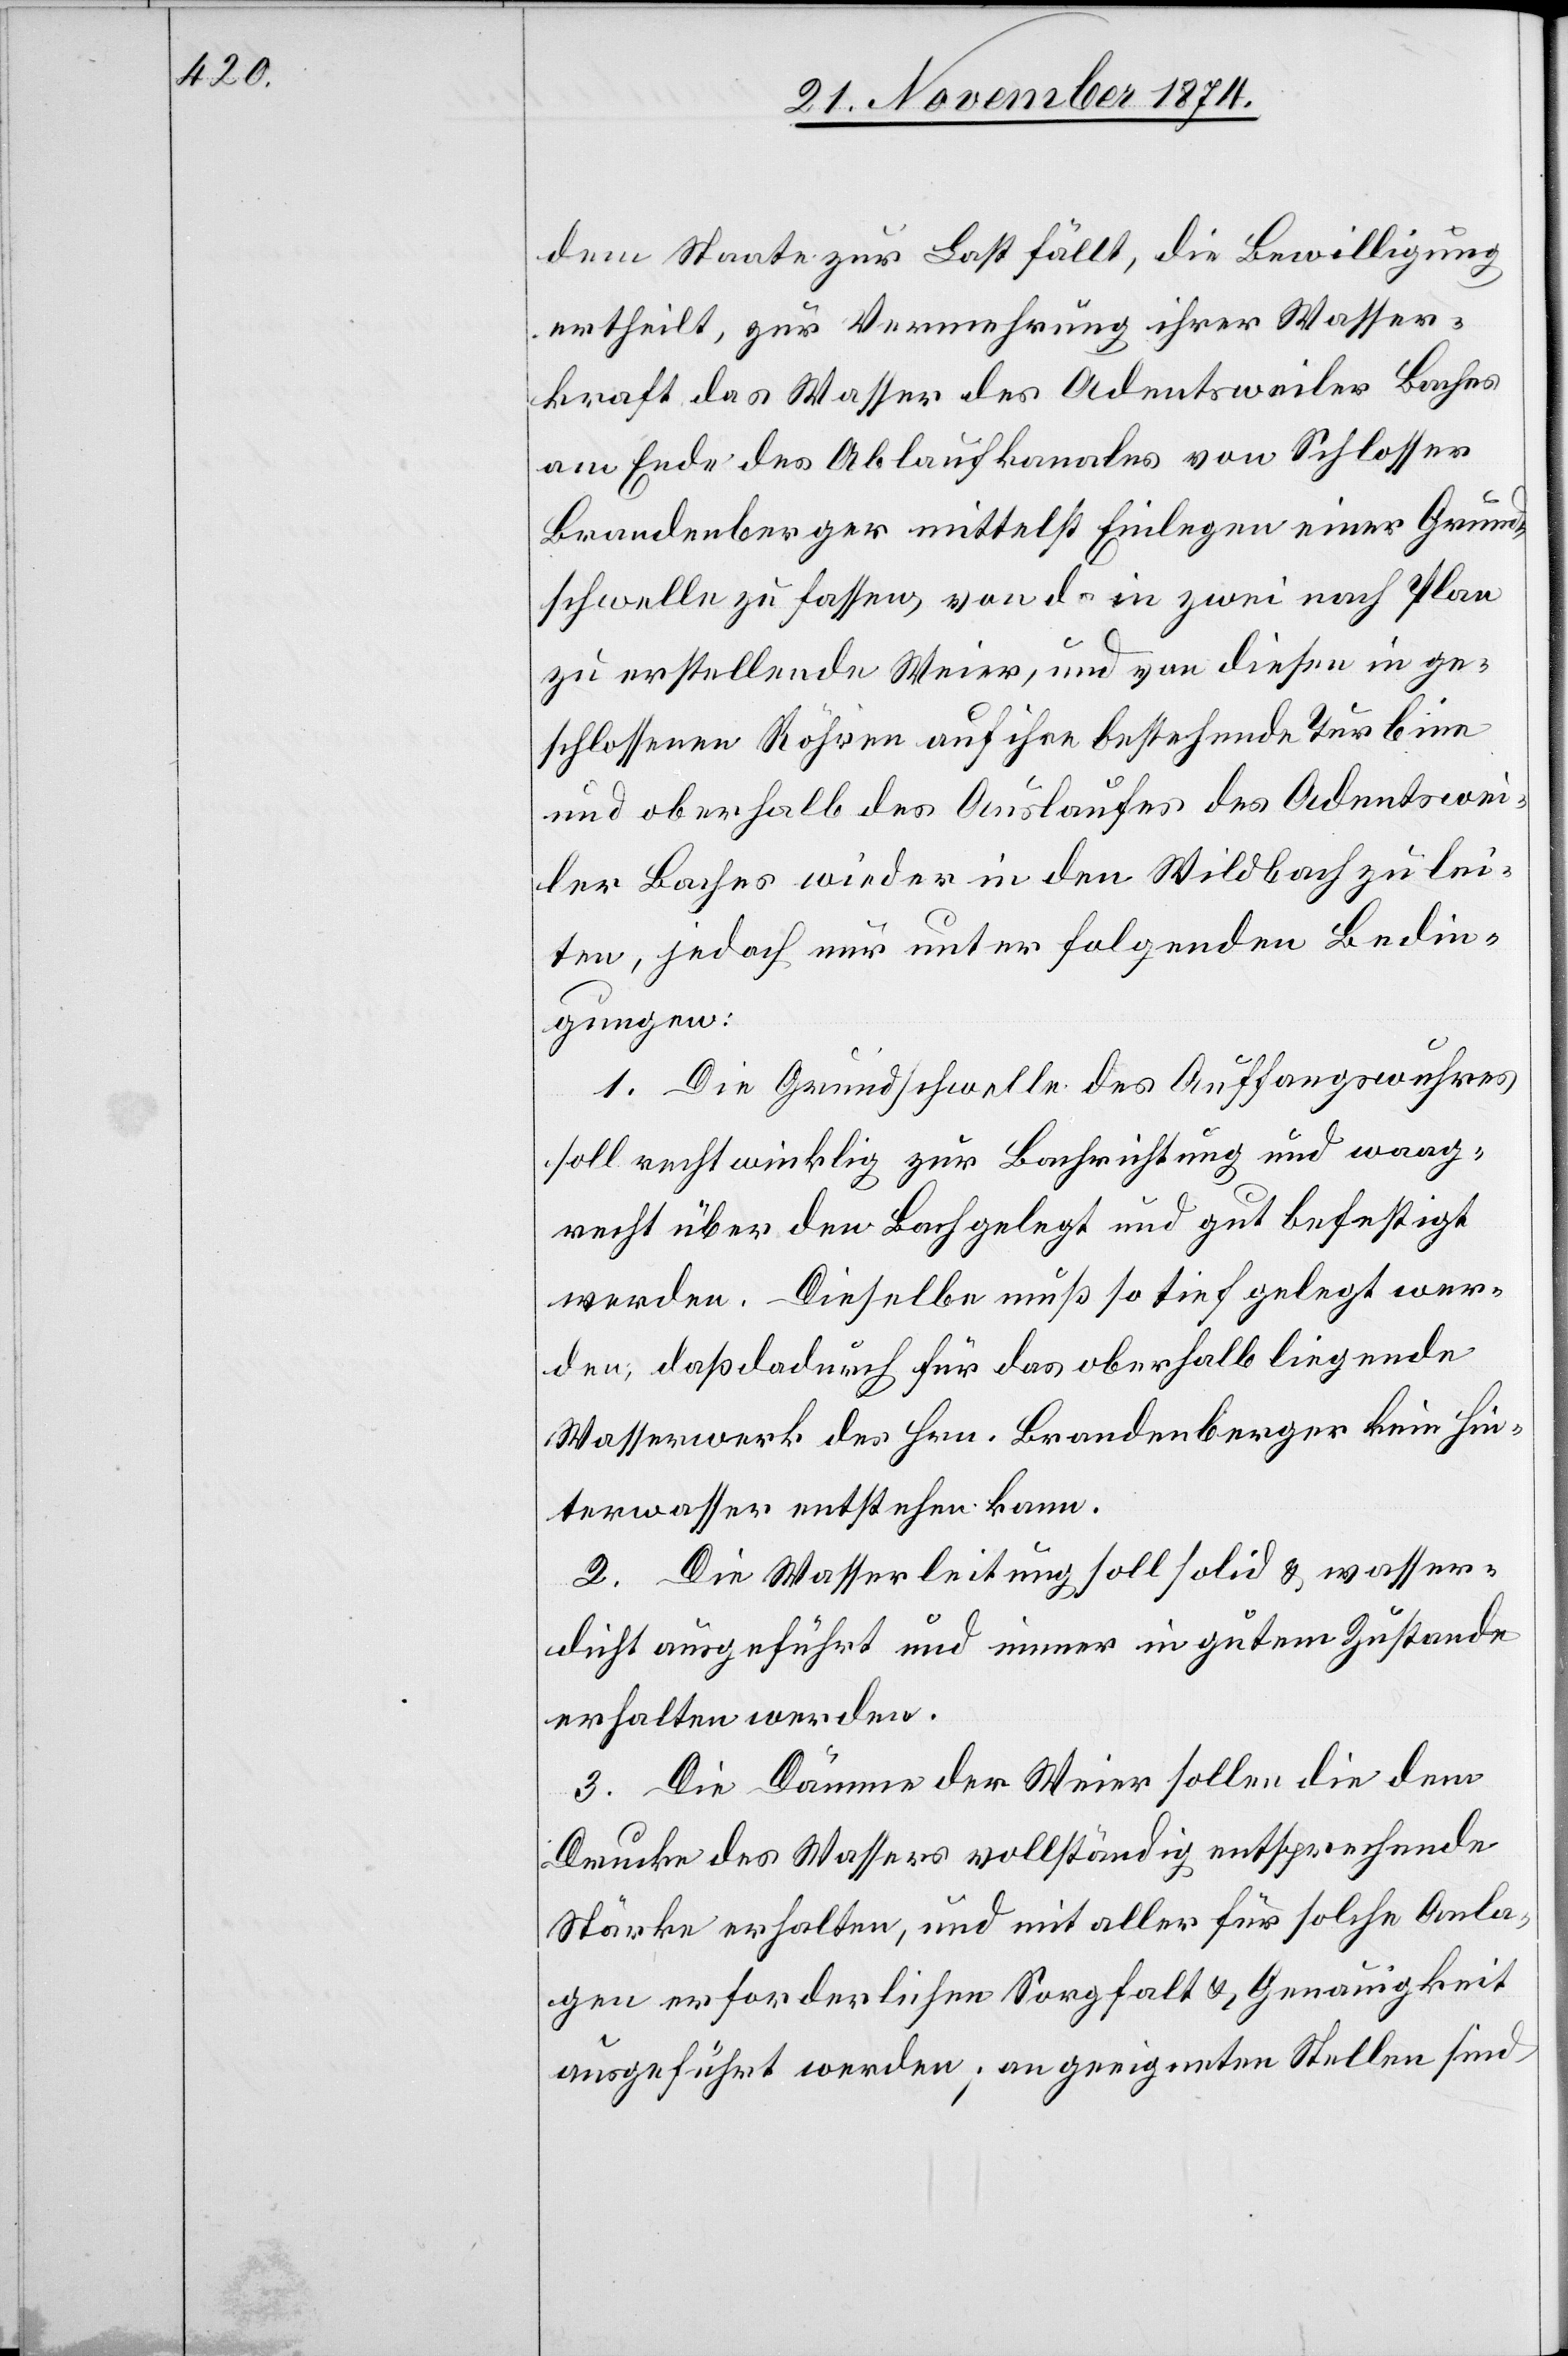
dem Staate zur Last fällt, die Bewilligung
ertheilt, zur Vermehrung ihrer Wasser¬
kraft das Wasser des Adentsweiler Baches
am Ende des Ablaufkanales von Schlosser
Brandenberger mittelst Einlegen einer Grund¬
schwelle zu fassen, von da in zwei nach Plan
zu erstellende Weier, und von diesen in ge¬
schlossenen Röhren auf ihre bestehende Turbine
und oberhalb des Auslaufes des Adentswei¬
ler Baches wieder in den Wildbach zu lei¬
ten, jedoch nur unter folgenden Bedin¬
gungen:
1. Die Grundschwelle des Auffangswuhres
soll rechtwinklig zur Bachrichtung und waag¬
recht über den Bach gelegt und gut befestigt
werden. Dieselbe muß so tief gelegt wer¬
den, daß dadurch für das oberhalb liegende
Wasserwerk des Hrn. Brandenberger kein Hin¬
terwasser entstehen kann.
2. Die Wasserleitung soll solid & wasser¬
dicht ausgeführt und immer in gutem Zustande
erhalten werden.
3. Die Dämme der Weier sollen die dem
Drucke des Wassers vollständig entsprechende
Stärke erhalten, und mit aller für solche Anla¬
gen erforderlichen Sorgfalt & Genauigkeit
ausgeführt werden; an geeigneten Stellen sind